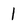
Character: 1